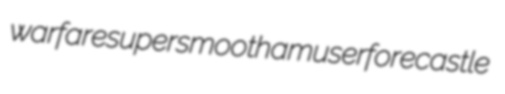
warfare supersmooth amuser forecastle